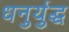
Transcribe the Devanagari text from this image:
धनुर्युद्ध